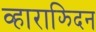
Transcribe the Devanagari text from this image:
व्हाराझ्दिन